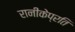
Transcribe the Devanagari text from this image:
रानीकेप्रति